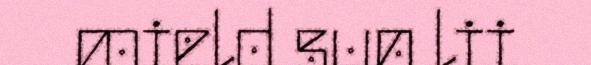
mield sun lii